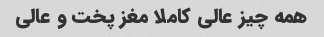
همه چیز عالی کاملا مغز پخت و عالی